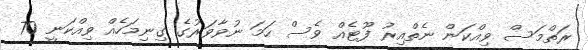
ރަތްމަސް ވިއްކަން ނެތްއިރު ފޫޓެއް ވެސް ހަމަ ނުވާވަރުގެ ގިނިމަހެއް ވިއްކަނީ 70